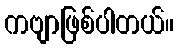
ကဗျာဖြစ်ပါတယ်။